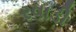
રવાડી